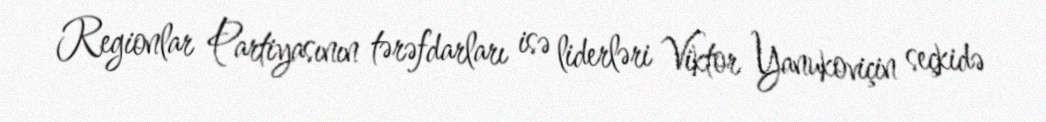
Regionlar Partiyasının tərəfdarları isə liderləri Viktor Yanukoviçin seçkidə